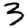
Digit: 3